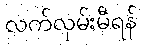
လက်လှမ်းမီရန်